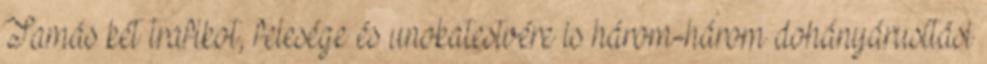
Tamás két trafikot, felesége és unokatestvére is három-három dohányárusítási